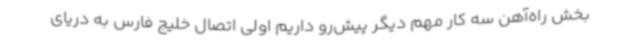
بخش راه‌آهن سه کار مهم دیگر پیش‌رو داریم اولی اتصال خلیج فارس به دریای